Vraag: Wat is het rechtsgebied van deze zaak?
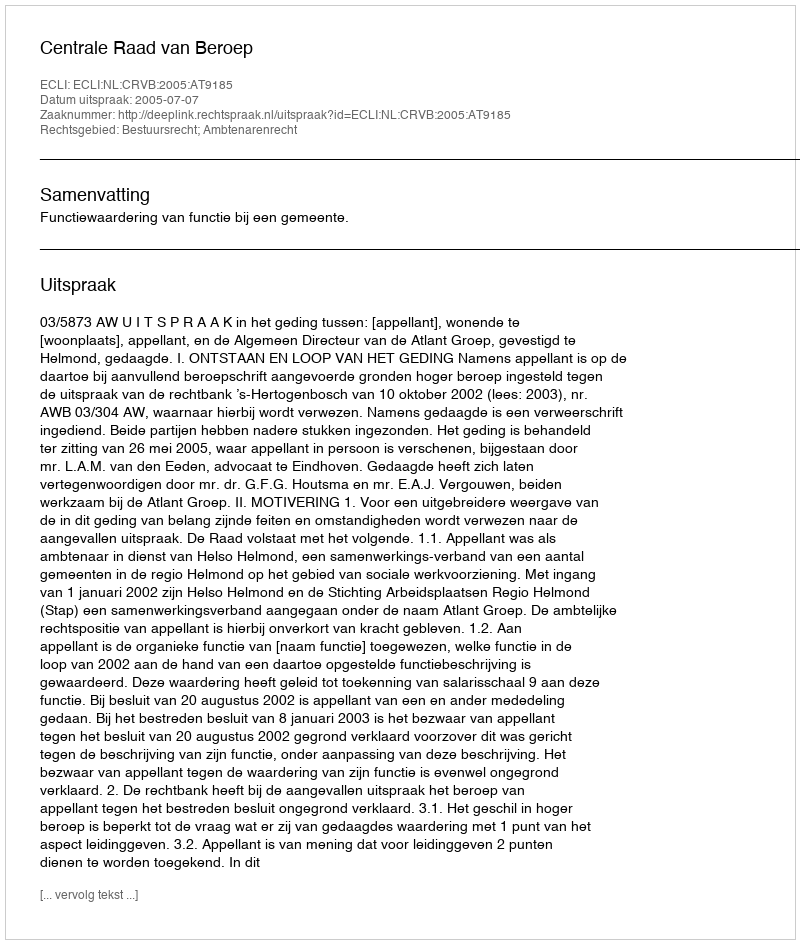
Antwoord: Bestuursrecht; Ambtenarenrecht